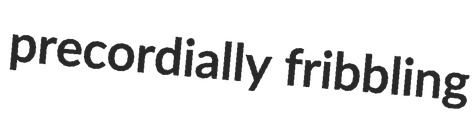
precordially fribbling